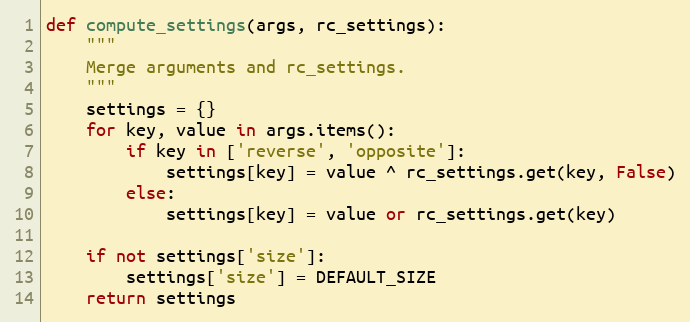
Language: Python
def compute_settings(args, rc_settings):
    """
    Merge arguments and rc_settings.
    """
    settings = {}
    for key, value in args.items():
        if key in ['reverse', 'opposite']:
            settings[key] = value ^ rc_settings.get(key, False)
        else:
            settings[key] = value or rc_settings.get(key)

    if not settings['size']:
        settings['size'] = DEFAULT_SIZE
    return settings